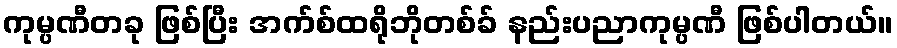
ကုမ္ပဏီတခု ဖြစ်ပြီး အက်စ်ထရိုဘိုတစ်ခ် နည်းပညာကုမ္ပဏီ ဖြစ်ပါတယ်။